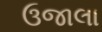
ઉજાલા